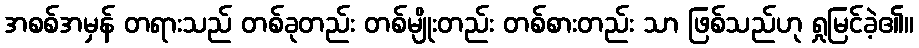
အစစ်အမှန် တရားသည် တစ်ခုတည်း တစ်မျိုးတည်း တစ်စားတည်း သာ ဖြစ်သည်ဟု ရှုမြင်ခဲ့၏။